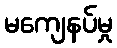
မကျေနပ်မှု